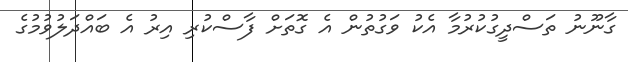
ގާނޫނު ތަސްދީގުކުރުމާ އެކު ވަގުތުން އެ ގޮތަށް ފާސްކުރި އިރު އެ ބައްދަލުވުމުގެ